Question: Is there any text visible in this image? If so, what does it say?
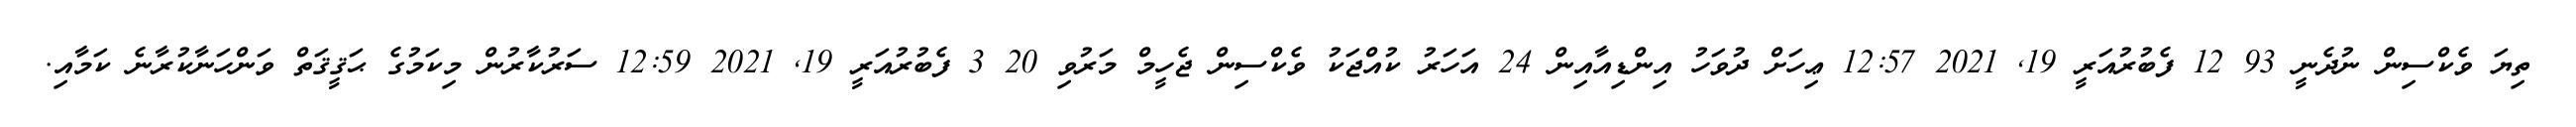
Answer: ތިޔަ ވެކްސިން ނުދެނީ 93 12 ފެބުރުއަރީ 19, 2021 12:57 ޢިހަށް ދުވަހު އިންޑިއާއިން 24 އަހަރު ކުއްޖަކު ވެކްސިން ޖެހީމް މަރުވި 20 3 ފެބުރުއަރީ 19, 2021 12:59 ސަރުކާރުން މިކަމުގެ ޙަޤީޤަތް ވަންހަނާކުރާނެ ކަމާއި.